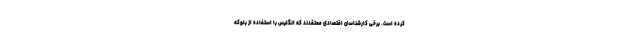
کرده است. برخی کارشناسان اقتصادی معتقدند که انگلیس با استفاده از بلوکه